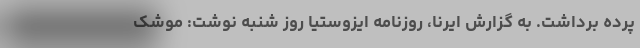
پرده برداشت. به گزارش ایرنا، روزنامه ایزوستیا روز شنبه نوشت: موشک